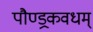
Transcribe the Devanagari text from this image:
पौण्ड्रकवधम्